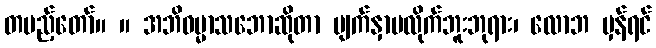
တပည့်တော်။ ။ အဘိဓမ္မာသဘောဆိုတာ မျက်နှာမလိုက်ဘူးဘုရား၊ လောဘ မှန်ရင်